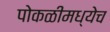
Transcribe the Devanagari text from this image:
पोकळीमध्येच